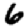
Digit: 6